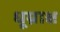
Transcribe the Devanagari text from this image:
धूम्राक्ष